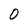
Character: O